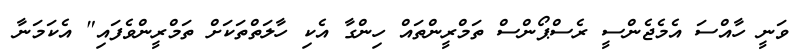
ވަނީ ހާއްސަ އެމެޖެންސީ ރެސްޕޯންސް ތަމްރީންތައް ހިންގާ އެކި ހާލަތްތަކަށް ތަމްރީންވެފައި" އެކަމަނާ